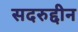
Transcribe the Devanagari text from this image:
सदरुद्दीन